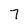
Character: 7